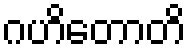
ဂဟိတောတိ